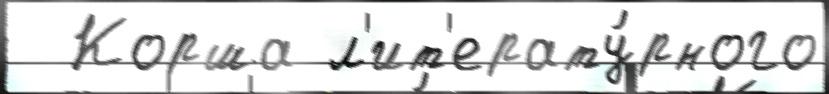
  Корша л'ит'ерату́рного